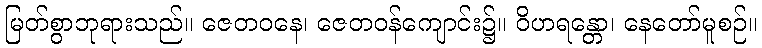
မြတ်စွာဘုရားသည်။ ဇေတဝနေ၊ ဇေတဝန်ကျောင်း၌။ ဝိဟရန္တော၊ နေတော်မူစဉ်။